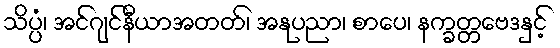
သိပ္ပံ၊ အင်ဂျင်နီယာအတတ်၊ အနုပညာ၊ စာပေ၊ နက္ခတ္တဗေဒနှင့်